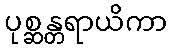
ပုစ္ဆန္တရာယိကာ